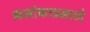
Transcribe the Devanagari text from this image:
क्रमांकाप्रमाणे